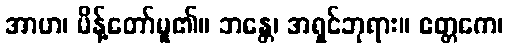
အာဟ၊ မိန့်တော်မူ၏။ ဘန္တေ၊ အရှင်ဘုရား။ ဧတ္တကေ၊